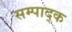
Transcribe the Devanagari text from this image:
सम्पाद्क